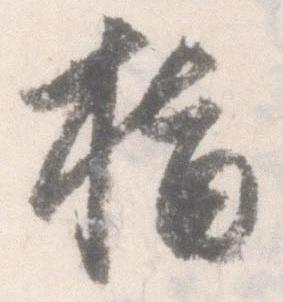
指